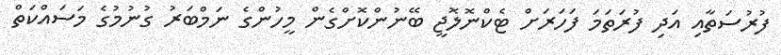
ފުރުސަތާއި އަދި ފުރަތަމަ ފަހަރަށް ޓެކްނޮލޮޖީ ބޭނުންކޮށްގެން މީހުންގެ ނަމްބަރު ގުނުމުގެ މަސައްކަތް